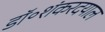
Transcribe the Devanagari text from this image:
डॉ॰शंकरदयाल